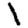
Digit: 1